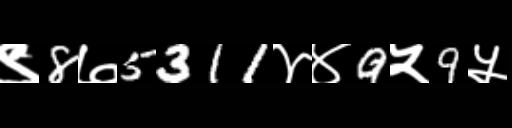
Text: ९8७5311४४9५9५